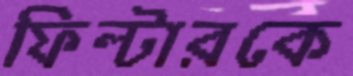
ফিল্টারকে